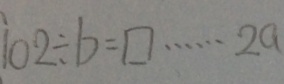
1 0 2 \div b = \square \cdots 2 a